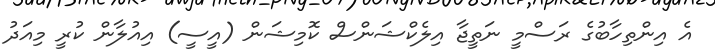
އެ އިންތިހާބުގެ ރަސްމީ ނަތީޖާ އިލެކްޝަންސް ކޮމިޝަން (އީސީ) އިއުލާން ކުރީ މިއަދު